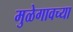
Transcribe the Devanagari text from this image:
मुळेगावच्या